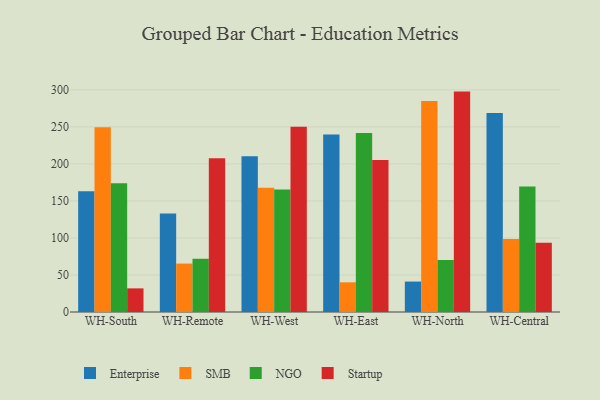
{"axis": {"x": "Warehouse", "y": "Net Income (USD K)"}, "legend": ["Enterprise", "NGO", "SMB", "Startup"], "data": [{"x": "WH-South", "y": 163.0, "type": "Enterprise"}, {"x": "WH-South", "y": 249.5, "type": "SMB"}, {"x": "WH-South", "y": 173.9, "type": "NGO"}, {"x": "WH-South", "y": 31.9, "type": "Startup"}, {"x": "WH-Remote", "y": 132.9, "type": "Enterprise"}, {"x": "WH-Remote", "y": 65.4, "type": "SMB"}, {"x": "WH-Remote", "y": 71.9, "type": "NGO"}, {"x": "WH-Remote", "y": 207.6, "type": "Startup"}, {"x": "WH-West", "y": 210.3, "type": "Enterprise"}, {"x": "WH-West", "y": 167.8, "type": "SMB"}, {"x": "WH-West", "y": 165.3, "type": "NGO"}, {"x": "WH-West", "y": 250.1, "type": "Startup"}, {"x": "WH-East", "y": 239.8, "type": "Enterprise"}, {"x": "WH-East", "y": 40.1, "type": "SMB"}, {"x": "WH-East", "y": 241.6, "type": "NGO"}, {"x": "WH-East", "y": 205.4, "type": "Startup"}, {"x": "WH-North", "y": 41.1, "type": "Enterprise"}, {"x": "WH-North", "y": 285.0, "type": "SMB"}, {"x": "WH-North", "y": 70.1, "type": "NGO"}, {"x": "WH-North", "y": 297.6, "type": "Startup"}, {"x": "WH-Central", "y": 268.6, "type": "Enterprise"}, {"x": "WH-Central", "y": 98.7, "type": "SMB"}, {"x": "WH-Central", "y": 169.4, "type": "NGO"}, {"x": "WH-Central", "y": 93.6, "type": "Startup"}]}